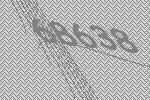
68638